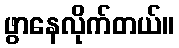
ဖွာနေလိုက်တယ်။